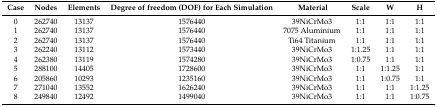
<table><thead><tr><td><b>Case</b></td><td><b>Nodes</b></td><td><b>Elements</b></td><td><b>Degree of freedom (DOF) for Each Simulation</b></td><td><b>Material</b></td><td><b>Scale</b></td><td><b>W</b></td><td><b>H</b></td></tr></thead><tbody><tr><td>0</td><td>262740</td><td>13137</td><td>1576440</td><td>39NiCrMo3</td><td>1:1</td><td>1:1</td><td>1:1</td></tr><tr><td>1</td><td>262740</td><td>13137</td><td>1576440</td><td>7075 Aluminium</td><td>1:1</td><td>1:1</td><td>1:1</td></tr><tr><td>2</td><td>262740</td><td>13137</td><td>1576440</td><td>Ti64 Titanium</td><td>1:1</td><td>1:1</td><td>1:1</td></tr><tr><td>3</td><td>262240</td><td>13112</td><td>1573440</td><td>39NiCrMo3</td><td>1:1.25</td><td>1:1</td><td>1:1</td></tr><tr><td>4</td><td>262380</td><td>13119</td><td>1574280</td><td>39NiCrMo3</td><td>1:0.75</td><td>1:1</td><td>1:1</td></tr><tr><td>5</td><td>288100</td><td>14405</td><td>1728600</td><td>39NiCrMo3</td><td>1:1</td><td>1:1.25</td><td>1:1</td></tr><tr><td>6</td><td>205860</td><td>10293</td><td>1235160</td><td>39NiCrMo3</td><td>1:1</td><td>1:0.75</td><td>1:1</td></tr><tr><td>7</td><td>271040</td><td>13552</td><td>1626240</td><td>39NiCrMo3</td><td>1:1</td><td>1:1</td><td>1:1.25</td></tr><tr><td>8</td><td>249840</td><td>12492</td><td>1499040</td><td>39NiCrMo3</td><td>1:1</td><td>1:1</td><td>1:0.75</td></tr></tbody></table>